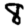
Digit: 8